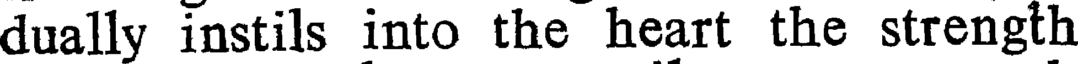
dually instils into the heart the strength